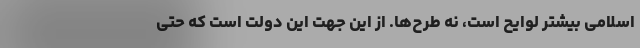
اسلامی بیشتر لوایح است، نه طرح‌ها. از این جهت این دولت است که حتی